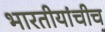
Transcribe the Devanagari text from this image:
भारतीयांचीच